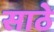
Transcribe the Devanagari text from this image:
साठेे